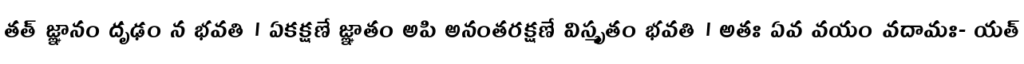
తత్ జ్ఞానం దృఢం న భవతి । ఏకక్షణే జ్ఞాతం అపి అనంతరక్షణే విస్మృతం భవతి । అతః ఏవ వయం వదామః- యత్